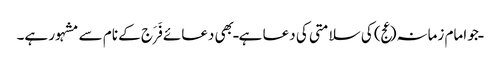
ـ جو امام زمانہ(عج) کی سلامتی کی دعا ہے ـ بھی دعائے فَرَج کے نام سے مشہور ہے۔